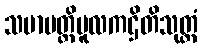
သမာပတ္တိမူလကဌိတိသုတ္တံ